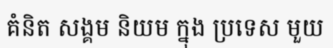
គំនិត សង្គម និយម ក្នុង ប្រទេស មួយ